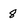
Character: 8